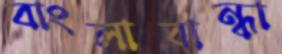
বাংলাবান্ধা